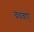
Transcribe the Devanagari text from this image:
बंधवाए